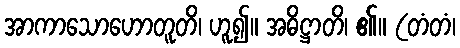
အာကာသောဟောတူတိ၊ ဟူ၍။ အဓိဋ္ဌာတိ၊ ၏။ (တံတံ၊